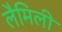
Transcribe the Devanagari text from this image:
लैमिली